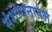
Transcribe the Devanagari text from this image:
संशोधनातले